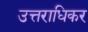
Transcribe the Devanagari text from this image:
उत्तराधिकर